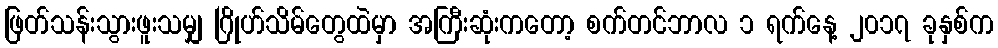
ဖြတ်သန်းသွားဖူးသမျှ ဂြိုဟ်သိမ်တွေထဲမှာ အကြီးဆုံးကတော့ စက်တင်ဘာလ ၁ ရက်နေ့ ၂၀၁၇ ခုနှစ်က